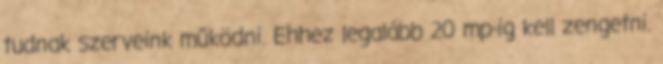
tudnak szerveink működni. Ehhez legalább 20 mp-ig kell zengetni.